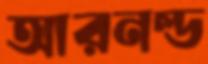
আরনল্ড